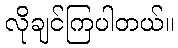
လိုချင်ကြပါတယ်။